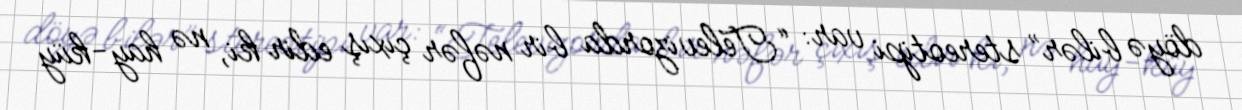
döyə bilər” stereotipi var: “Televizorda bir nəfər çıxış edir ki, nə hay-küy